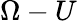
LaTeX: \Omega-U